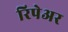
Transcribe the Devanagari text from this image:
रिपेअर